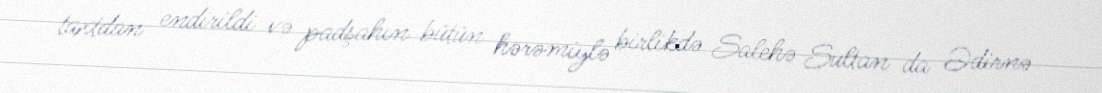
taxtdan endirildi və padşahın bütün hərəmiylə birlikdə Salehə Sultan da Ədirnə